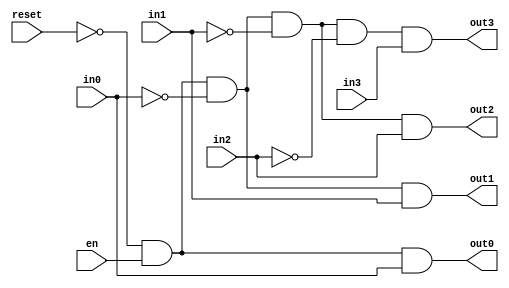

////////////////////////////////////////////////////////////////////////////////
// Company: 
// Engineer:
//
// Design Name:    
// Module Name:    priority_logic
// Project Name:   
// Target Device:  
// Tool versions:  
// Description:
//
// Dependencies:
// 
// Revision:
// Revision 0.01 - File Created
// Additional Comments:
// 
////////////////////////////////////////////////////////////////////////////////
module priority_logic(reset, en, in0, in1, in2, in3, out0, out1, out2, out3);

	 input reset;
    input en;

    input in0;
    input in1;
    input in2;
	 input in3;

    output out0;
    output out1;
    output out2;
	 output out3;

	 assign out0 = !reset & en & in0 ;
	 assign out1 = !reset & en & !in0 & in1 ;
	 assign out2 = !reset & en & !in0 & !in1 & in2 ;
	 assign out3 = !reset & en & !in0 & !in1 & !in2	& in3 ;

endmodule